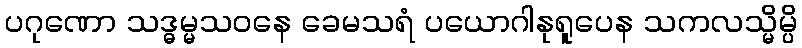
ပဂုဏော သဒ္ဓမ္မသဝနေ ခေမသရံ ပယောဂါနုရူပေန သကလသ္မိမ္ပိ